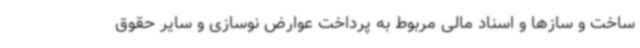
ساخت و سازها و اسناد مالی مربوط به پرداخت عوارض نوسازی و سایر حقوق